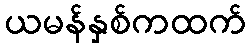
ယမန်နှစ်ကထက်